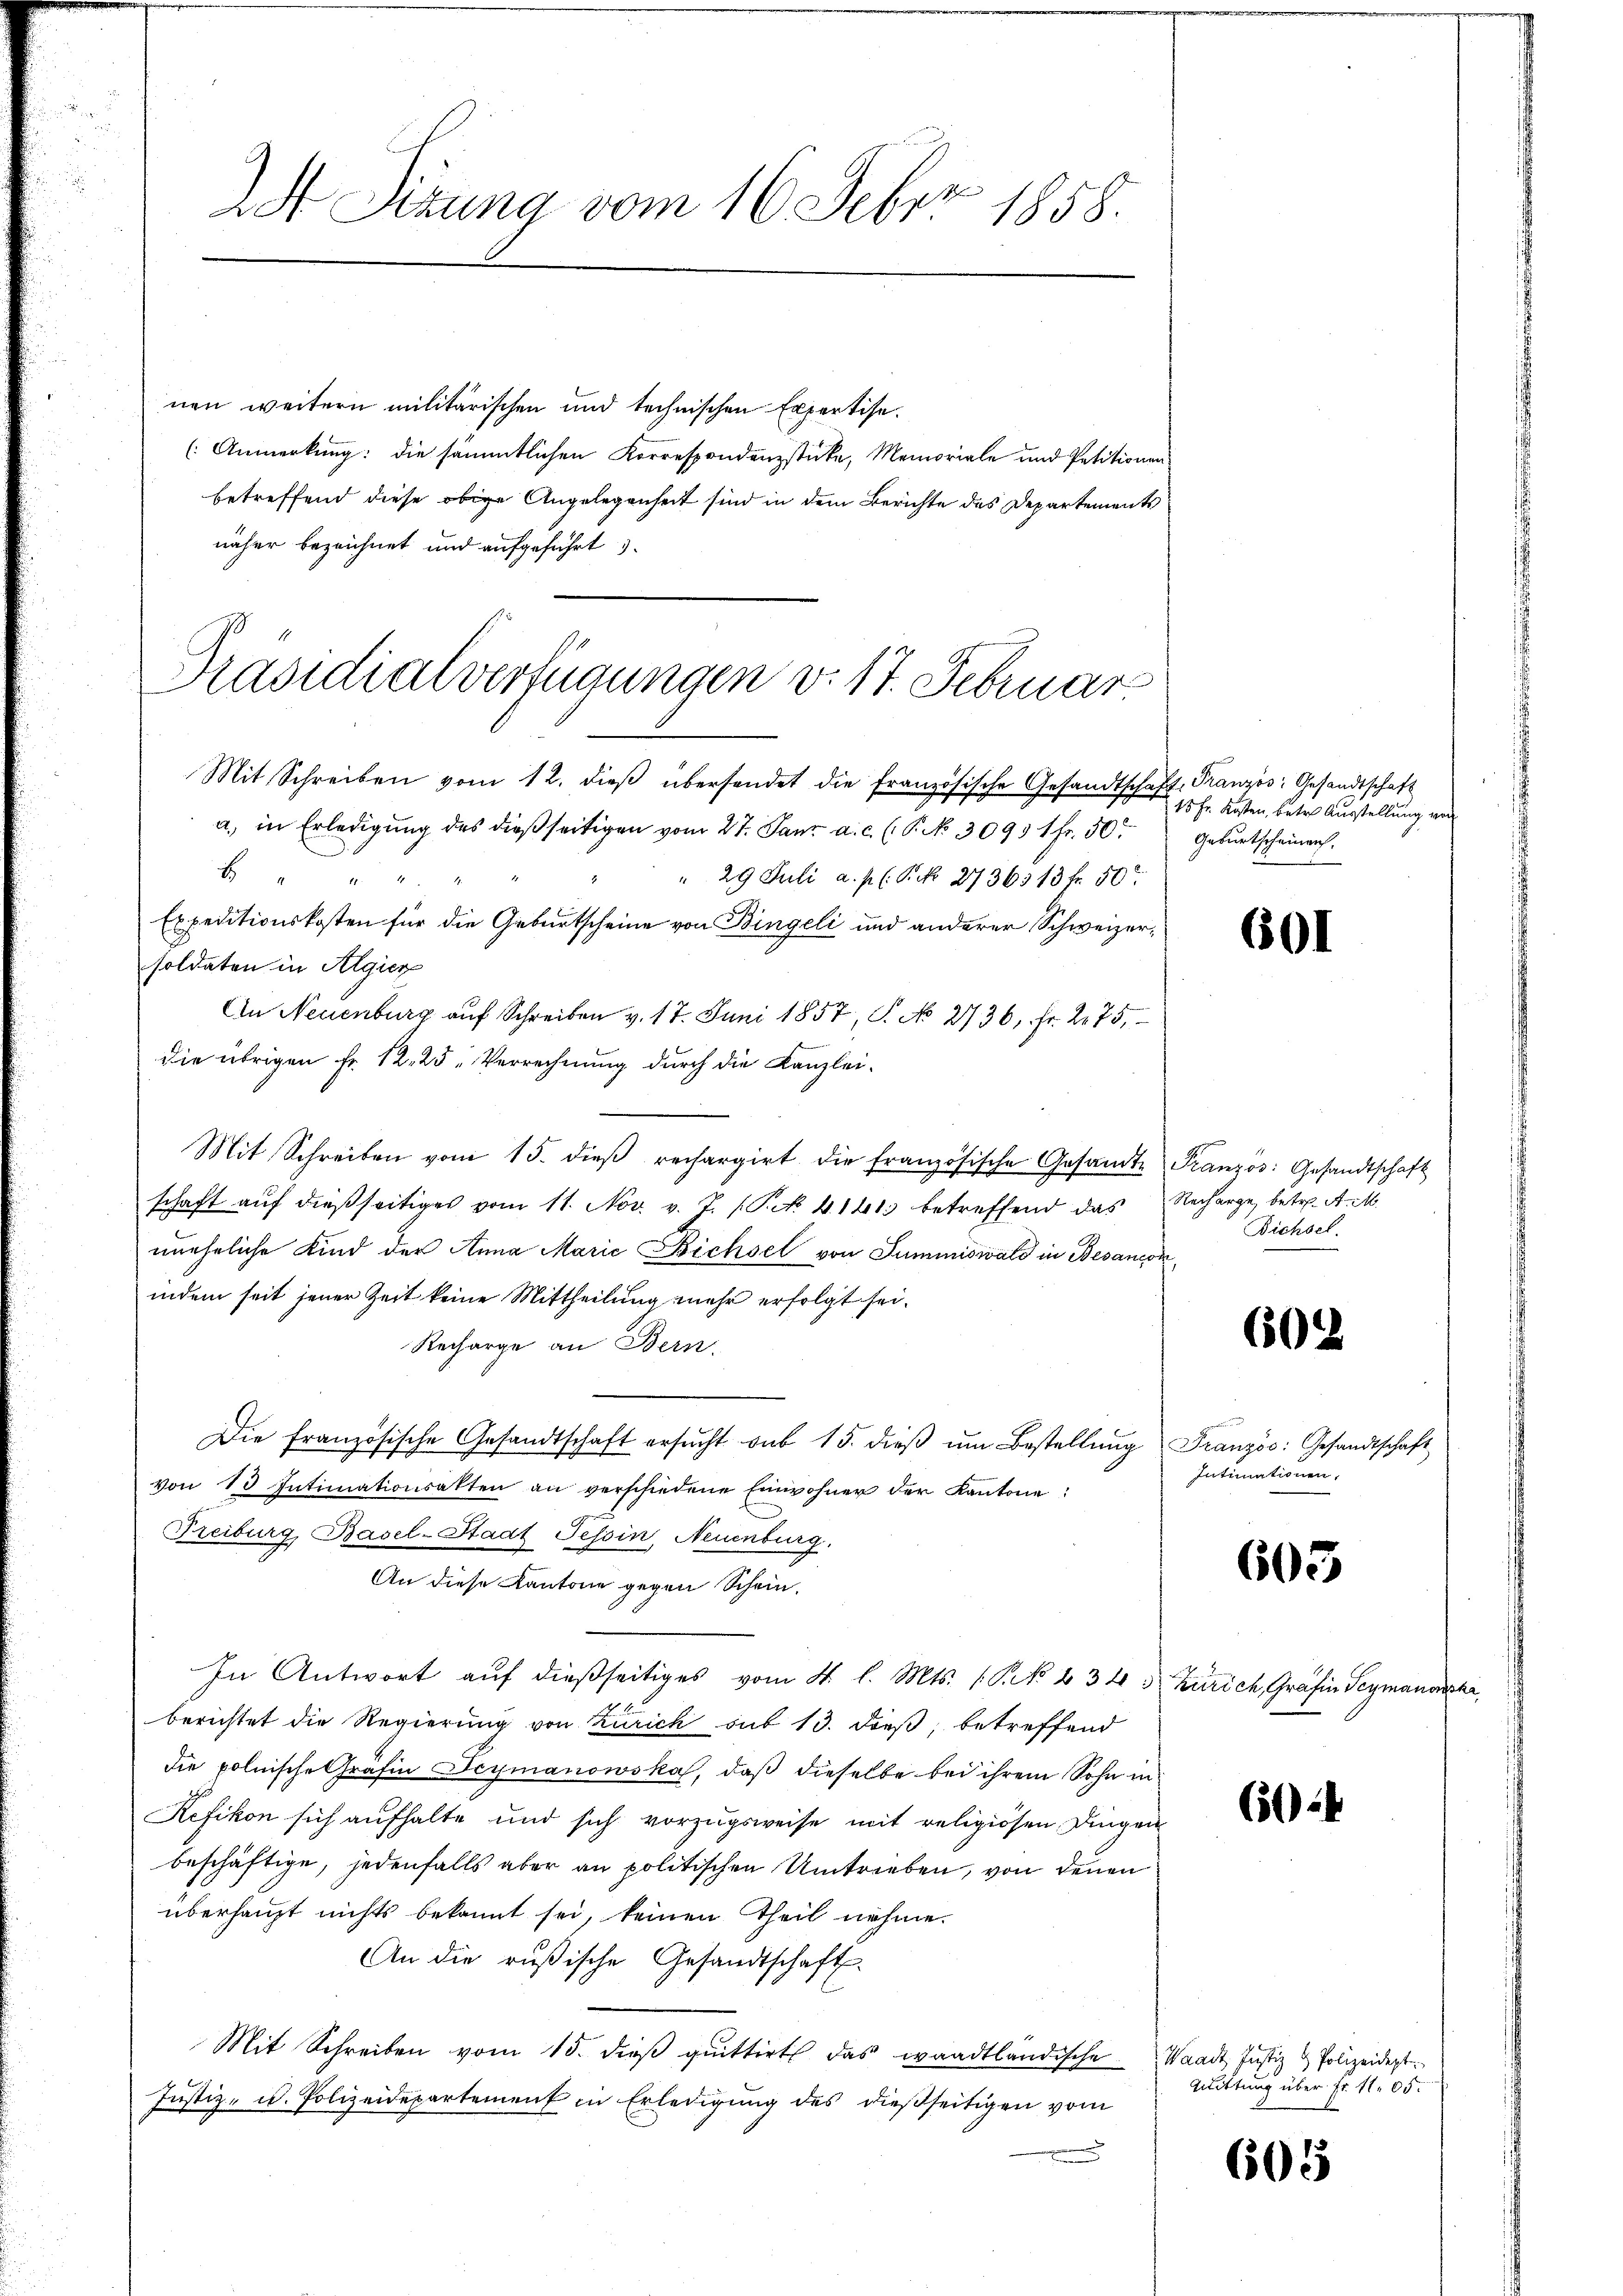
2S Sizung vom 16. Feber 1858.

nen weitern militärischen und technischen Expertise.
(Anmerkung: die sämmtlichen Korrespondenzstücke, Memoriale und Petitionen
betreffend diese obige Angelegenheit sind in dem Berichte des Departements
näher bezeichnet und aufgeführt
a. in Erledigung des dießseitigen vom 27. Janz a. c. (T. No 3093 1fr. 50
f
" 29 Juli a. p. (S. 2736513 fr. 50
Expeditionskosten für die Geburtscheine von Bingeli und anderer Schweizersoldaten in Algier
An Neuenburg auf Schreiben v. 17. Juni 1857, S. No 2736, Fr. 275,
die übrigen Fr. 12, 25 „Verrechnung durch die Kanzlei-
Mit Schreiben vom 15. dieβ rechargirt die französische Gesandte Französ. Gesandtschaft
schaft aŭf dießseitiges vom 11. Nov. v. J. (Frk. 4. 141. betreffend das Recharge, betr. A. M.
uneheliche Kind der Anna Marie Bichsel von Summiswald in Besaneon,
indem seit jener Zeit keine Mittheilung mehr erfolgt sei.
Recharge an Bern.
Die französische Gesandtschaft ersŭcht sub 15. dieβ ŭm Bestellŭng Französ. Gesandtschaft
von 13 Intimationsakten an verschiedene Einwohner der Kantone:
Treiburg, Basel-Stadt Tessin, Neuenburg.
An diese Kantone gegen Schein.
In Antwort auf dießseitiges vom 4. l. Mts. (: P. No 434 " Zürich, Gräfin Seymansich
berichtet die Regierung von Zürich sub 13. dieß, betreffend
die polnische Gräfin Frymanowska, daß dieselbe bei ihrem Sohn in
Kefikon sich aufhalte und sich vorzugsweise mit religiösen Dingen
beschäftige, jedenfalls aber an politischen Umtrieben, von denen
überhaupt nichts bekannt sei, keinen Theil nehme.
An die rusische Gesandtschaft
Mit Schreiben vom 15. dieβ quittirt das waadtländische Waadt Justiz & Polizeidept.
Justiz- u. Polizeidepartement in Erledigung des dießseitigen vom

Präsidialverfügungen v. 17. Februar
Mit Schreiben vom 12. dieβ übersendet die französische Gesandtschaft, Französ. Gesandtschaft

15 Fr. Kosten, betr. Ausstellung von
Geburtscheinen.

601

Bichsel.

602

Intimationen,

605

650

Quittung über Fr. 1105.

605